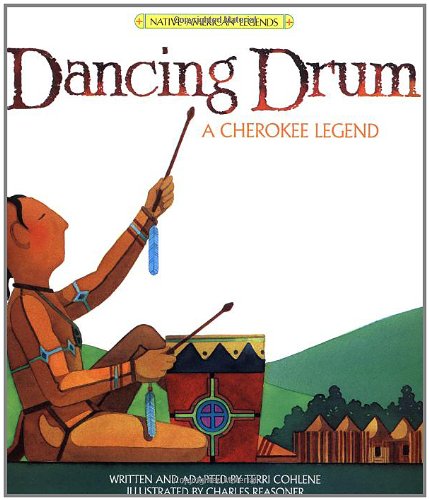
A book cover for Dancing Drum (Native American Legends & Lore); Cohlene; Children's Books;